Annual administration report of the Civil Veterinary Department of India - 1894-1895
Year: 1894
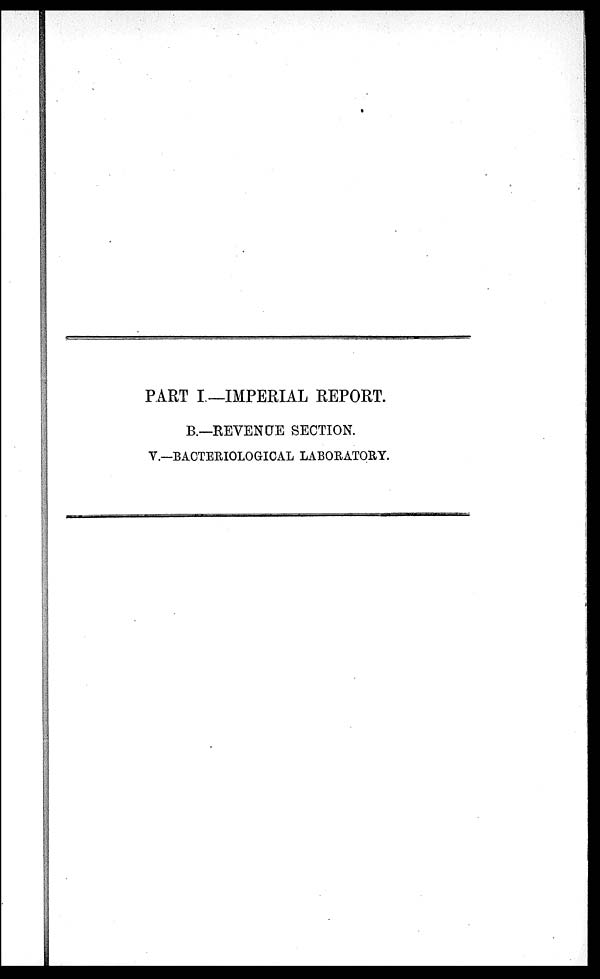
PART I— IMPERIAL REPORT.
B.—REVENUE SECTION.
V.—BACTERIOLOGICAL LABORATORY.